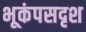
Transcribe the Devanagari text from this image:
भूकंपसदृश